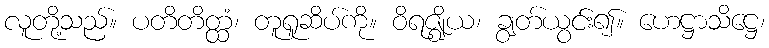
လူတို့သည်။ ပတိတိတ္ထံ၊ တူရူဆိပ်ကို။ ဝိရဇ္ဈိယ၊ ချွတ်ယွင်း၍။ ဟေဋ္ဌာသိဋ္ဌေ၊